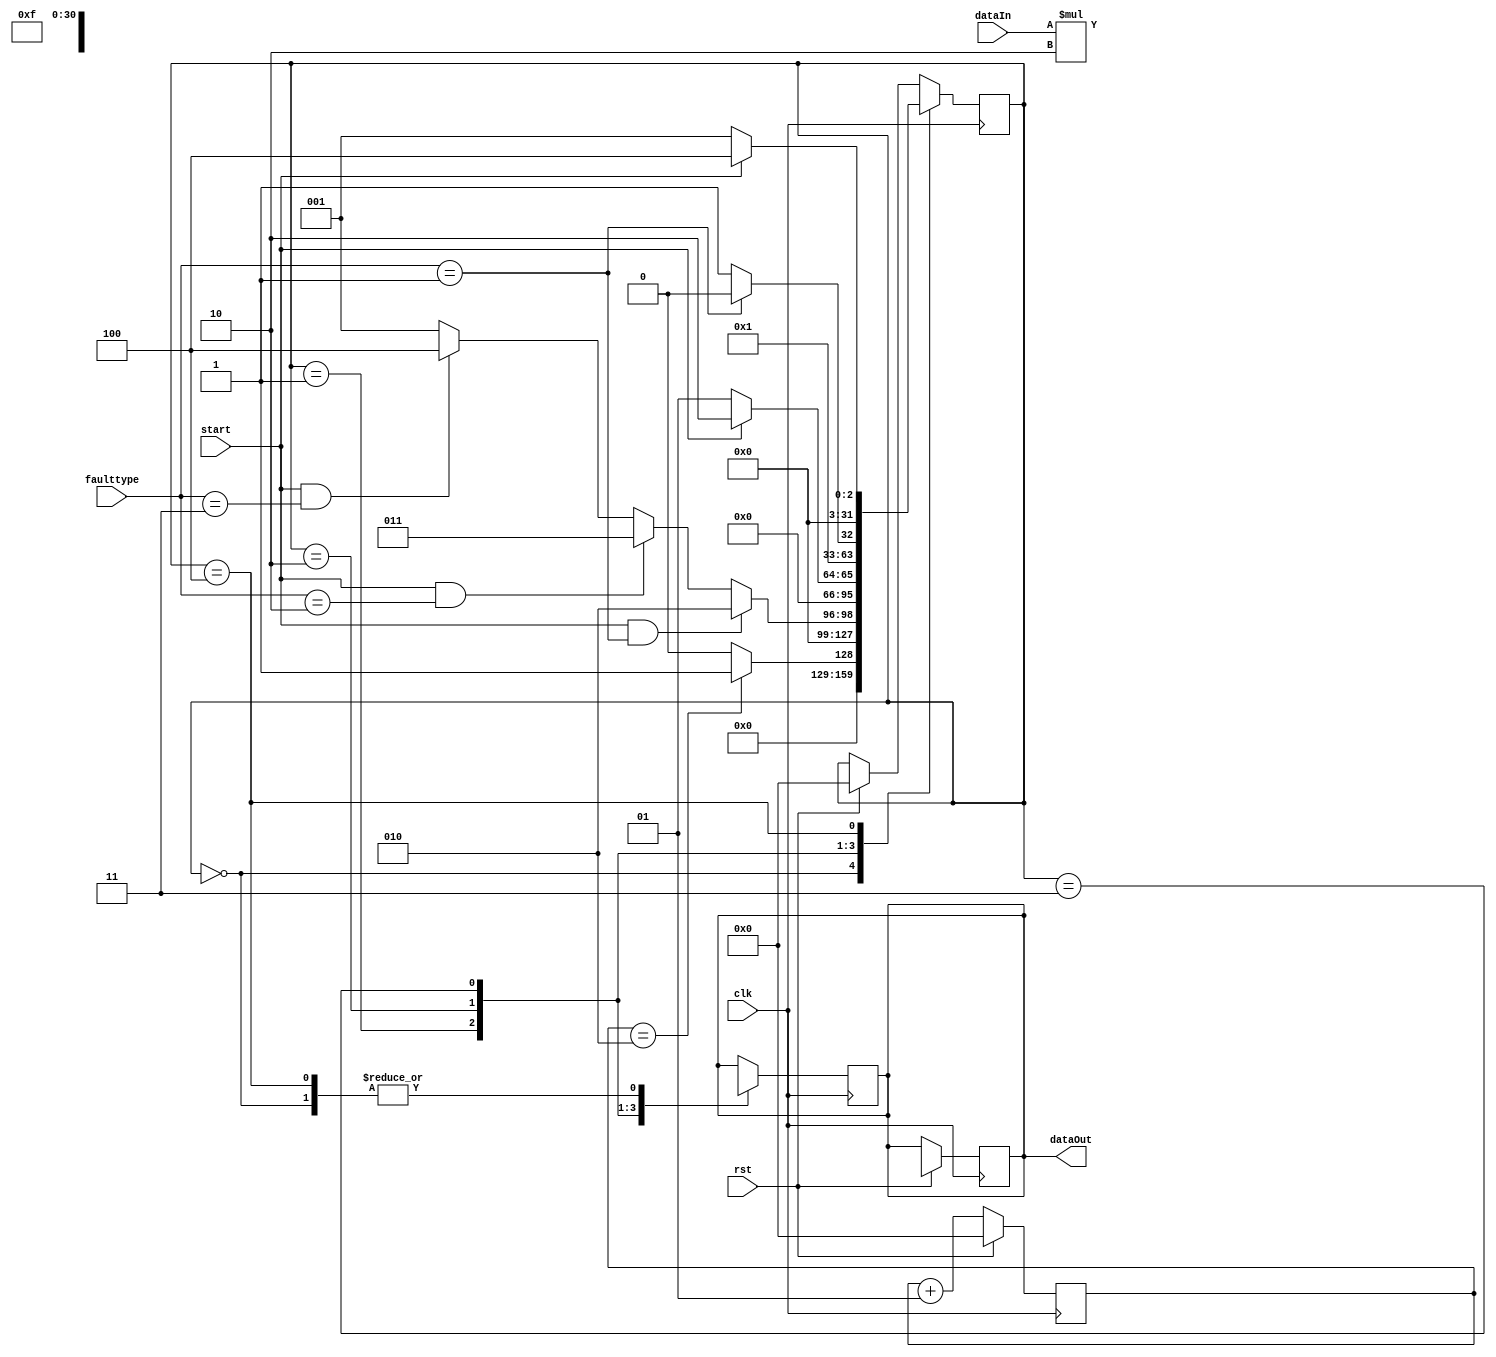
`timescale 1ns / 1ps
//////////////////////////////////////////////////////////////////////////////////
// Company: 
// Engineer: 
// 
// Design Name: 
// Module Name: StateFI
// Project Name: 
// Target Devices: 
// Tool Versions: 
// Description: 
// 
// Dependencies: 
// 
// Revision:
// Revision 0.01 - File Created
// Additional Comments:
// 
//////////////////////////////////////////////////////////////////////////////////


module StateFI( 
               clk,
               rst,
               start,
               faulttype,
               dataIn,
               dataOut

    );
    parameter DataSize = 31;
    parameter SizeFault = 3;
    
    // input port
    input clk;
    input rst;
    input start; 
    input [SizeFault -1:0] faulttype;
    input [DataSize-1:0] dataIn;
    
    // output port 
    output reg [DataSize-1:0] dataOut;
    reg [DataSize-1:0] dataOut1;
    reg [DataSize-1:0] dataOut2;
    reg [DataSize-1:0] dataOut3;
    // state Machine 
    integer state;
    integer counter;
    
    always @ (posedge clk)
      begin
        if (rst)
          begin
            state <= 0;
            dataOut <= 32'dx;
            counter <= 0;
          end 
        else
          counter <= counter +1;
          begin
            case (state)
              0:
                begin
                  if (counter ==2)
                    begin
                      state <= 1;
                    end
                  else
                    begin
                      state <= 0;
                    end 
                end 
              1:
                begin
                  if (start==1 && faulttype == 3'd1)
                    begin
                      state <= 2;
                    end 
                  else if (start==1 && faulttype == 3'd2)
                    begin
                      state <= 3;
                    end 
                  else if (start ==1 && faulttype ==3'd3)
                    begin
                      state <= 4;
                    end
                  else
                    begin
                      state <= 1;
                    end 
                end 
              2 :
                begin
                  if (start ==0)
                    begin
                      state <= 1;
                    end
                  else
                    begin
                      state <= 2;
                    end 
                end 
              3:
                begin
                  if (start == 0)
                    begin
                      state <= 1;
                    end
                  if (faulttype ==3'd3)
                    begin
                      state <= 4;
                    end  
                  if (faulttype == 3'd1)
                    begin
                      state <= 2;
                    end
                  else
                    begin
                      state <= 3;
                    end 
                end 
             4:
               begin
                 if (start == 0)
                   begin
                     state <= 1;
                   end 
                 else
                   begin
                     state <= 4;
                   end 
             end 
            endcase
          end 
      end 
    
    always @ (negedge clk)
      begin
        case (state)
          0:
            begin
              dataOut <= 32'dx;
            end 
          1:
            begin
              dataOut <= dataIn;
            end
          2:
            begin
              dataOut <= {dataIn[31:30],4'b1111,dataIn[25:0]};
            end 
          3:
            begin
              dataOut <= dataIn *2;
            end 
          4:
            begin
              dataOut <= 32'dx;
            end 
        endcase
      end 
    
endmodule


/*
// Test bench
`timescale 1ns / 1ps
//////////////////////////////////////////////////////////////////////////////////
// Company: 
// Engineer: 
// 
// Design Name: 
// Module Name: tbFI
// Project Name: 
// Target Devices: 
// Tool Versions: 
// Description: 
// 
// Dependencies: 
// 
// Revision:
// Revision 0.01 - File Created
// Additional Comments:
// 
//////////////////////////////////////////////////////////////////////////////////


module tbFI(

    );
    
    parameter DataSize = 31;
    parameter SizeFault = 3;
    
    // input port
    reg clk;
    reg rst;
    reg start; 
    reg [SizeFault -1:0] faulttype;
    reg [DataSize-1:0] dataIn;
    
    // output port 
    wire [DataSize-1:0] dataOut;
    
    StateFI DUT( 
               clk,
               rst,
               start,
               faulttype,
               dataIn,
               dataOut

    );
    
    initial
      begin
        clk =0;
        rst = 1;
        start = 0;
        faulttype =0;
        dataIn = 32'd42;
        #10 
        rst =0;
        #100 
        start = 1;
        faulttype =2;
        #300 
        faulttype =1;
        #300 
        faulttype =3;
        #300 
        start =0; 
      end 
    
    
    always 
      begin
        #5 clk = ! clk;
      end 
endmodule


*/